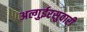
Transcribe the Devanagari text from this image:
अल्गुईरसुवारी